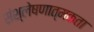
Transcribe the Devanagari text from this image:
संश्लेषणात्मकता